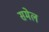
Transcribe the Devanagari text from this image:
समेल